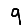
Digit: 9